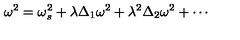
\omega ^ { 2 } = \omega _ { s } ^ { 2 } + \lambda \Delta _ { 1 } \omega ^ { 2 } + \lambda ^ { 2 } \Delta _ { 2 } \omega ^ { 2 } + \cdots